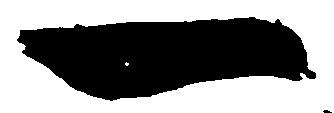
一